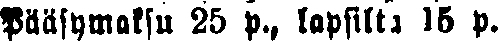
pääsymaksu 25 p., lapsilta 15 p.